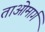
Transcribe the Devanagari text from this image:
ताओमार्ग